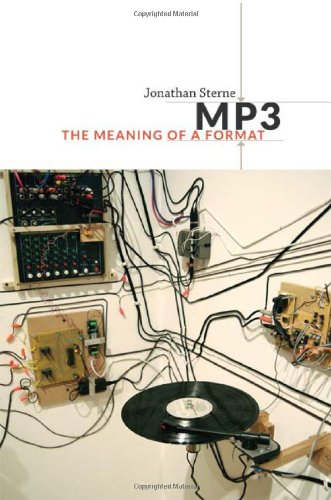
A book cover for MP3: The Meaning of a Format (Sign, Storage, Transmission); Jonathan Sterne; Arts & Photography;